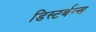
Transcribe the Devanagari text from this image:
डिस्टर्बन्स